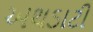
અથડાટી